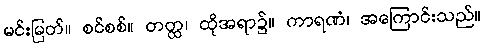
မင်းမြတ်။ စင်စစ်။ တတ္ထ၊ ထိုအရာ၌။ ကာရဏံ၊ အကြောင်းသည်။